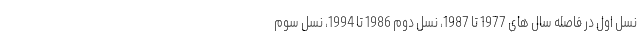
نسل اول در فاصله سال های 1977 تا 1987، نسل دوم 1986 تا 1994، نسل سوم